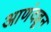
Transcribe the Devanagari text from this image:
आणंदहून